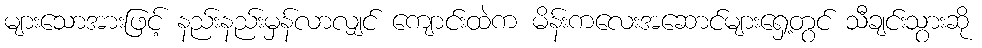
များသောအားဖြင့် နည်းနည်းမှန်လာလျှင် ကျောင်းထဲက မိန်းကလေးအဆောင်များရှေ့တွင် သီချင်းသွားဆို